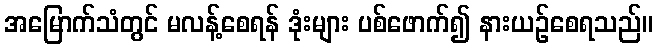
အမြောက်သံတွင် မလန့်စေရန် ဒုံးများ ပစ်ဖောက်၍ နားယဉ်စေရသည်။